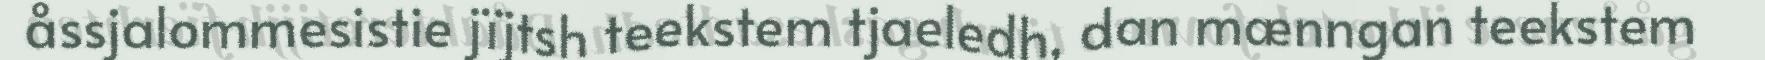
åssjalommesistie jïjtsh teekstem tjaeledh, dan mænngan teekstem